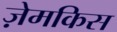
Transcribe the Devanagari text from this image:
ज़ेमकिस